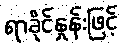
ရာခိုင်နှုန်းဖြင့်